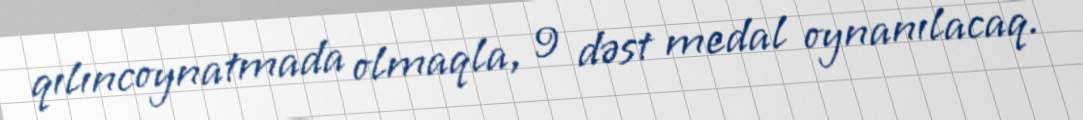
qılıncoynatmada olmaqla, 9 dəst medal oynanılacaq.